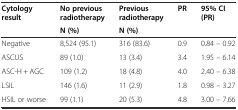
| <ROWSPAN=2> Cytology result | No previous radiotherapy | Previous radiotherapy | <ROWSPAN=2> PR | <ROWSPAN=2> 95% CI (PR) |
 | N (%) | N (%) |
 | --- | --- | --- | --- | --- |
 | Negative | 8,524 (95.1) | 316 (83.6) | 0.9 | 0.84 – 0.92 |
 | ASCUS | 89 (1.0) | 13 (3.4) | 3.4 | 1.95 – 6.14 |
 | ASC-H + AGC | 109 (1.2) | 18 (4.8) | 4.0 | 2.40 – 6.38 |
 | LSIL | 146 (1.6) | 11 (2.9) | 1.8 | 0.98 – 3.27 |
 | HSIL or worse | 99 (1.1) | 20 (5.3) | 4.8 | 3.00 – 7.66 |